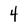
Character: 4